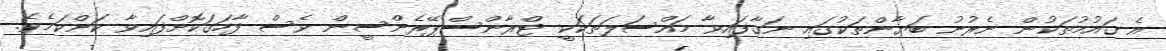
އެ ގައުމުތަކުން ނެރުނު ބަޔާންތަކުގައި ނަގާފައިވާ މައްސަލަތަކަކީ ޓްރާންސްޕޭރެންސީން ވެސް ފާހަގަކޮށްފައިވާ ކަންކަމެވެ.